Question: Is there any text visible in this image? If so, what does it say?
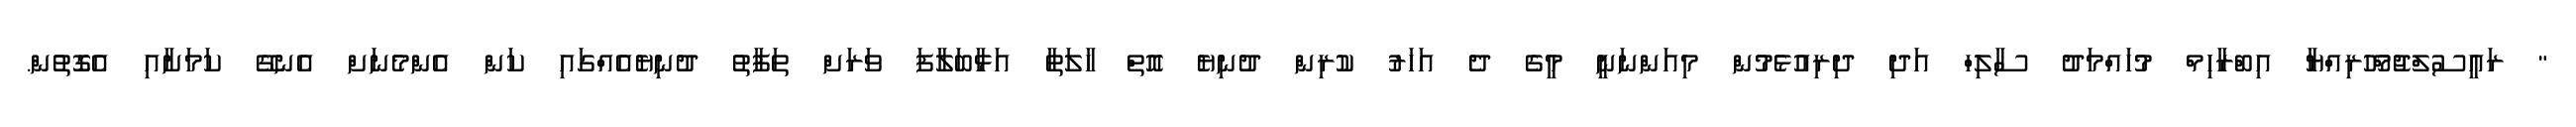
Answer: " ރައީސުލްޖުމްހޫރިއްޔާ އިބްރާހިމް މުހައްމަދު ސާލިހް އަދި ދިރިއުޅެމުން މިއަންނަނީ މީގެ ދެ އަހަރު ކުރިން ދުނިޔެ އޮތް ހާލަތާ އަޅާބަލާފަ ވަރަށް ތަފާތު ދުނިޔެއެއްގައި ކަން އެންމެނަށް އެނގޭ ކަމަށާއި އެގޮތުން.